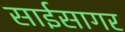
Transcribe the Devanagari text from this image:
साईसागर